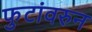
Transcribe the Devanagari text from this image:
फुटांवरुन